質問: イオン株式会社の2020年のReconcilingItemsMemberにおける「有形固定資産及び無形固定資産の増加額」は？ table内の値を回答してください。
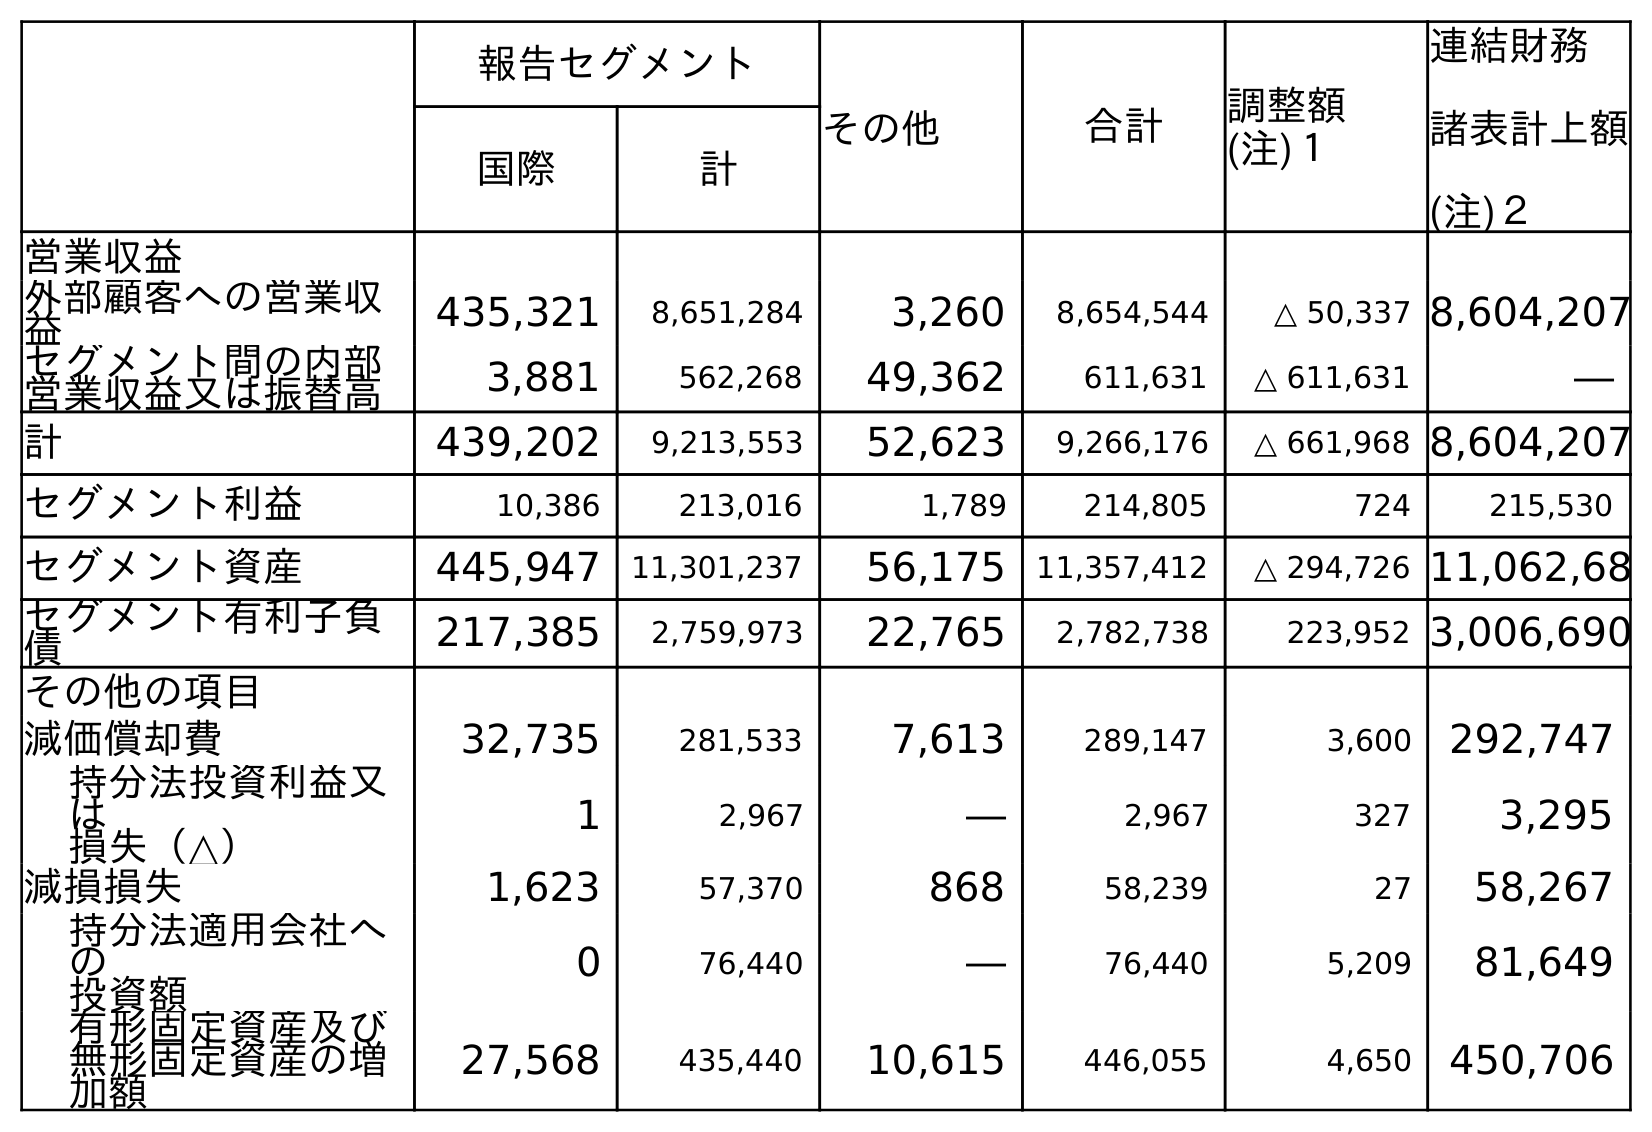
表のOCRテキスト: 報告セグメント その他 合計 調整額 (注)１ 連結財務 諸表計上額 (注)２ 国際 計 営業収益 外部顧客への営業収 益 435,321 8,651,284 3,260 8,654,544 △ 50,337 8,604,207 セグメント間の内部 営業収益又は振替高 3,881 562,268 49,362 611,631 △ 611,631 ― 計 439,202 9,213,553 52,623 9,266,176 △ 661,968 8,604,207 セグメント利益 10,386 213,016 1,789 214,805 724 215,530 セグメント資産 445,947 11,301,237 56,175 11,357,412 △ 294,726 11,062,68 セグメント有利子負 債 217,385 2,759,973 22,765 2,782,738 223,952 3,006,690 その他の項目 減価償却費 32,735 281,533 7,613 289,147 3,600 292,747 持分法投資利益又 は 損失（△） 1 2,967 ― 2,967 327 3,295 減損損失 1,623 57,370 868 58,239 27 58,267 持分法適用会社へ の 投資額 0 76,440 ― 76,440 5,209 81,649 有形固定資産及び 無形固定資産の増 加額 27,568 435,440 10,615 446,055 4,650 450,706
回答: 4,650